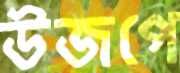
উজপে